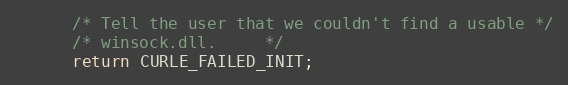
Language: C
      /* Tell the user that we couldn't find a usable */
      /* winsock.dll.     */
      return CURLE_FAILED_INIT;